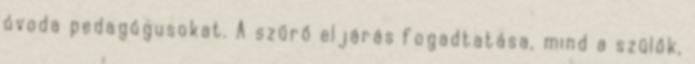
óvoda pedagógusokat. A szűrő eljárás fogadtatása, mind a szülők,